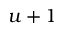
u + 1